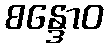
စန္ဒောဝ